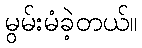
မွမ်းမံခဲ့တယ်။